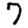
Digit: 7